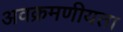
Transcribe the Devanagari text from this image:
अवक्रमणीयता